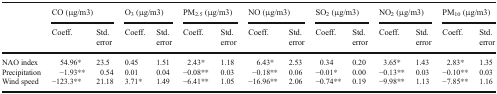
<table><thead><tr><td rowspan="2"></td><td colspan="2"><b>CO (μg/m3)</b></td><td colspan="2"><b>O<sub>3</sub> (μg/m3)</b></td><td colspan="2"><b>PM<sub>2.5</sub> (μg/m3)</b></td><td colspan="2"><b>NO (μg/m3)</b></td><td colspan="2"><b>SO<sub>2</sub> (μg/m3)</b></td><td colspan="2"><b>NO<sub>2</sub> (μg/m3)</b></td><td colspan="2"><b>PM<sub>10</sub> (μg/m3)</b></td></tr><tr><td><b>Coeff.</b></td><td><b>Std. error</b></td><td><b>Coeff.</b></td><td><b>Std. error</b></td><td><b>Coeff.</b></td><td><b>Std. error</b></td><td><b>Coeff.</b></td><td><b>Std. error</b></td><td><b>Coeff.</b></td><td><b>Std. error</b></td><td><b>Coeff.</b></td><td><b>Std. error</b></td><td><b>Coeff.</b></td><td><b>Std. error</b></td></tr></thead><tbody><tr><td>NAO index</td><td>54.96*</td><td>23.5</td><td>0.45</td><td>1.51</td><td>2.43*</td><td>1.18</td><td>6.43*</td><td>2.53</td><td>0.34</td><td>0.20</td><td>3.65*</td><td>1.43</td><td>2.83*</td><td>1.35</td></tr><tr><td>Precipitation</td><td>−1.93**</td><td>0.54</td><td>0.01</td><td>0.04</td><td>−0.08**</td><td>0.03</td><td>−0.18**</td><td>0.06</td><td>−0.01*</td><td>0.00</td><td>−0.13**</td><td>0.03</td><td>−0.10**</td><td>0.03</td></tr><tr><td>Wind speed</td><td>−123.3**</td><td>21.18</td><td>3.71*</td><td>1.49</td><td>−6.41**</td><td>1.05</td><td>−16.96**</td><td>2.06</td><td>−0.74**</td><td>0.19</td><td>−9.98**</td><td>1.13</td><td>−7.85**</td><td>1.16</td></tr></tbody></table>